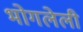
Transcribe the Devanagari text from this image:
भोगलेली